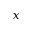
x